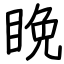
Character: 睌